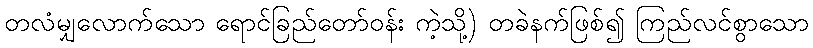
တလံမျှလောက်သော ရောင်ခြည်တော်ဝန်း ကဲ့သို့) တခဲနက်ဖြစ်၍ ကြည်လင်စွာသော